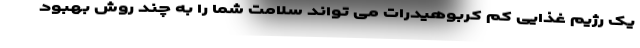
یک رژیم غذایی کم کربوهیدرات می تواند سلامت شما را به چند روش بهبود